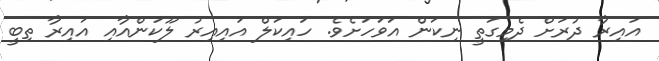
އައިރާ ދުރަށް ދެމިގަތީ ނިކަން އަވަހަށެވެ. ހައިކަލް އައިއިރު ލޫކަންއާއި އައިރާ ތިބީ